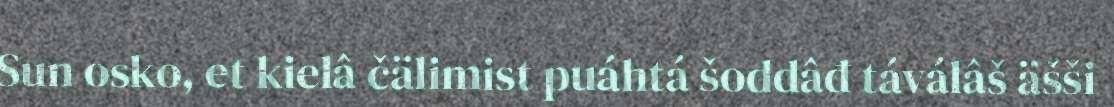
Sun osko, et kielâ čälimist puáhtá šoddâđ táválâš äšši